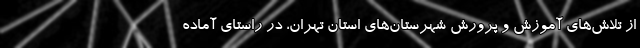
از تلاش‌های آموزش و پرورش شهرستان‌های استان تهران، در راستای آماده